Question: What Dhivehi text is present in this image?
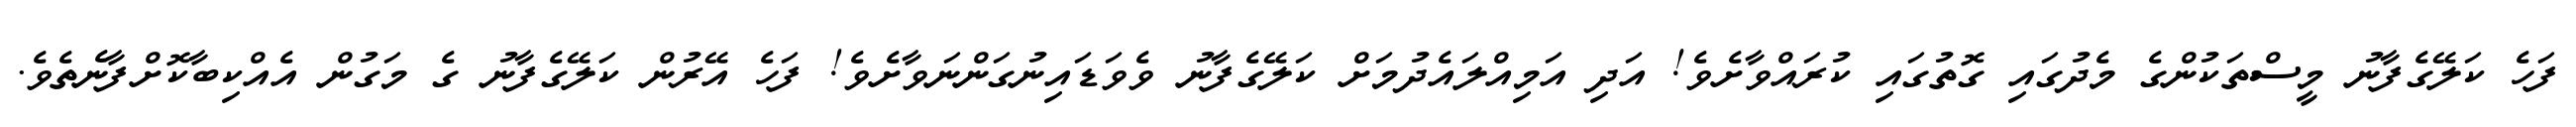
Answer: ފަހެ ކަލޭގެފާނު މީސްތަކުންގެ މެދުގައި ގޮތުގައި ކުރައްވާށެވެ! އަދި އަމިއްލައެދުމަށް ކަލޭގެފާނު ވެވަޑައިނުގަންނަވާށެވެ! ފަހެ އޭރުން ކަލޭގެފާނު ގެ މަގުން އެއްކިބާކޮށްފާނެތެވެ.